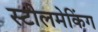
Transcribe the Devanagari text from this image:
स्टीलमेकिंग